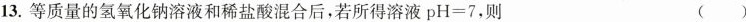
13.等质量的氢氧化钠溶液和稀盐酸混合后，若所得溶液pH=7，则 ()